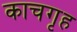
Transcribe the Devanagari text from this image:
काचगृह